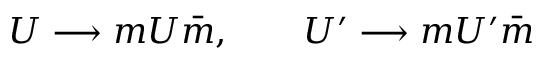
U \longrightarrow m U \bar { m } , ~ ~ ~ ~ ~ ~ U ^ { \prime } \longrightarrow m U ^ { \prime } \bar { m }